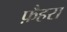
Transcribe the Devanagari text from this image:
फ़ैहरा